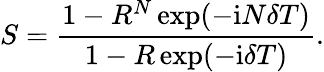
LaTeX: S=\frac{1-R^{N}\exp(-\mathrm{i}N\delta T)}{1-R\exp(-\mathrm{i}\delta T)}.